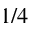
1 / 4